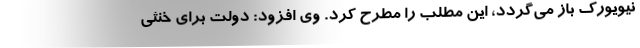
نیویورک باز می‌گردد، این مطلب را مطرح کرد. وی افزود: دولت برای خنثی